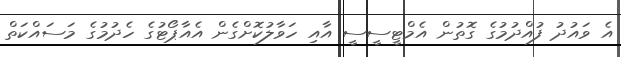
އެ ވައުދު ފުއްދުމުގެ ގޮތުން އެމްޓީސީސީ އާއި ހަވާލުކޮށްގެން އެއާޕޯޓުގެ ހެދުމުގެ މަސައްކަތް